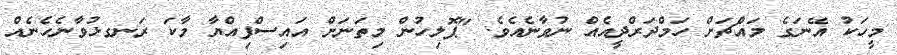
މީހަކު އޭނަގެ މައްޗަށް ހަމްދަރްދީއެއް ނުވާނެއެވެ. "ޕޮލިހުން މިތަނަށް އައިސްފިއްޔާ މާކަ ރަނގޅުވާނެހެނެއް